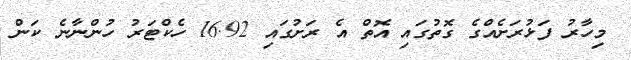
މިހާރު ފަޅުރަށެއްގެ ގޮތުގައި އޮތް އެ ރަށުގައި 16.92 ހެކްޓަރު ހުންނާނެ ކަން